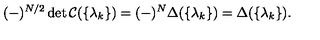
( - ) ^ { N / 2 } \det \mathcal { C } ( \{ \lambda _ { k } \} ) = ( - ) ^ { N } \Delta ( \{ \lambda _ { k } \} ) = \Delta ( \{ \lambda _ { k } \} ) .